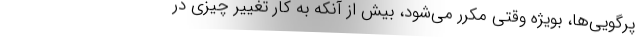
پرگویی‌ها، بویژه وقتی مکرر می‌شود، بیش از آنکه به کار تغییر چیزی در